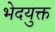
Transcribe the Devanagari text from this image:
भेदयुक्त